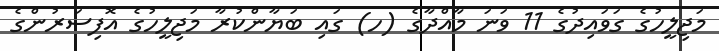
މަޖިލީހުގެ ގަވައިދުގެ 11 ވަނަ މާއްދާގެ (ހ) ގައި ބަޔާންކުރާ މަޖިލީހުގެ އޮފިސަރުންގެ